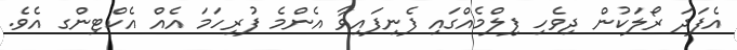
އެފަދަ ރޯލަކުން ދިވެހި ފިލްމެއްގައި ފެނިފައިވާ އެންމެ ފުރިހަމަ އެއް އެކްޓިންގ އެވެ.